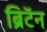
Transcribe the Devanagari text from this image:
ब्रिटॅन